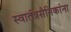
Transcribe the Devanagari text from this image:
स्वातंत्रसैनिकांना